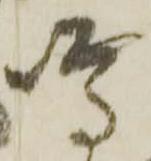
噂